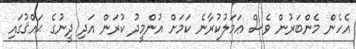
އެހެން މެންބަރުން ވެސް ޢަމަލުކުރާނެ ކަމަށް އުންމީދު ކުރަން އަދި ދީނުގެ ޙައްޤުގައި